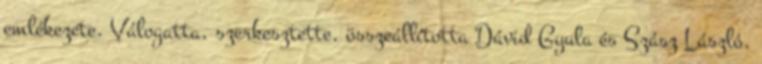
emlékezete. Válogatta, szerkesztette, összeállította Dávid Gyula és Szász László.